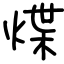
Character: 煠